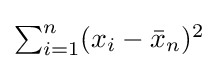
{\textstyle \sum _{i=1}^{n}(x_{i}-{\bar {x}}_{n})^{2}}